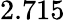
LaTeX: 2.715